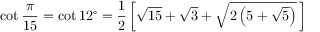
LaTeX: \cot { \frac { \pi } { 1 5 } } = \cot 1 2 ^ { \circ } = { \frac { 1 } { 2 } } \left[ { \sqrt { 1 5 } } + { \sqrt { 3 } } + { \sqrt { 2 \left( 5 + { \sqrt { 5 } } \right) } } \, \right]